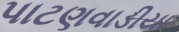
પાટણવાડીયા